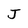
Character: J